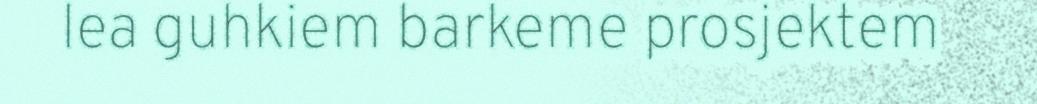
lea guhkiem barkeme prosjektem